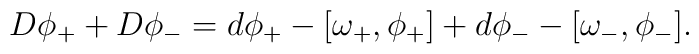
D\phi _{+}+D\phi _{-}=d\phi _{+}-[\omega _{+},\phi _{+}]+d\phi _{-}-[\omega_{-},\phi _{-}].